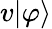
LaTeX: v|\varphi\rangle